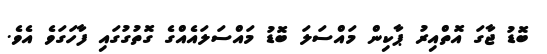
ބޮޑު ޖާގަ އޮތްއިރު ޕާކިން މައްސަލަ ބޮޑު މައްސަލައެއްގެ ގޮތުގުގައި ފާހަގަވެ އެވެ.